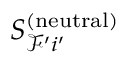
S _ { \mathcal { F } ^ { \prime } i ^ { \prime } } ^ { ( \mathrm { n e u t r a l } ) }